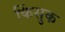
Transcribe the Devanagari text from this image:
किंसुक